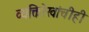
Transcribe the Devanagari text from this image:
व्यक्तिरेखांचीही